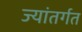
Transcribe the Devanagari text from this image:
ज्यांतर्गत